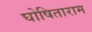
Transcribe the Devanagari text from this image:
घोषिताराम